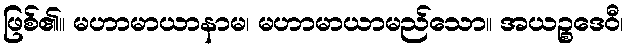
ဖြစ်၏။ မဟာမာယာနာမ၊ မဟာမာယာမည်သော။ အယဉ္စဒေဝီ၊